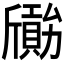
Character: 𣃐